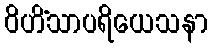
ဝိဟိံသာပရိယေသနာ